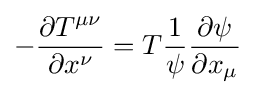
-{\partial T^{\mu \nu } \over \partial x^{\nu }}=T{1 \over \psi }{\partial \psi  \over \partial x_{\mu }}